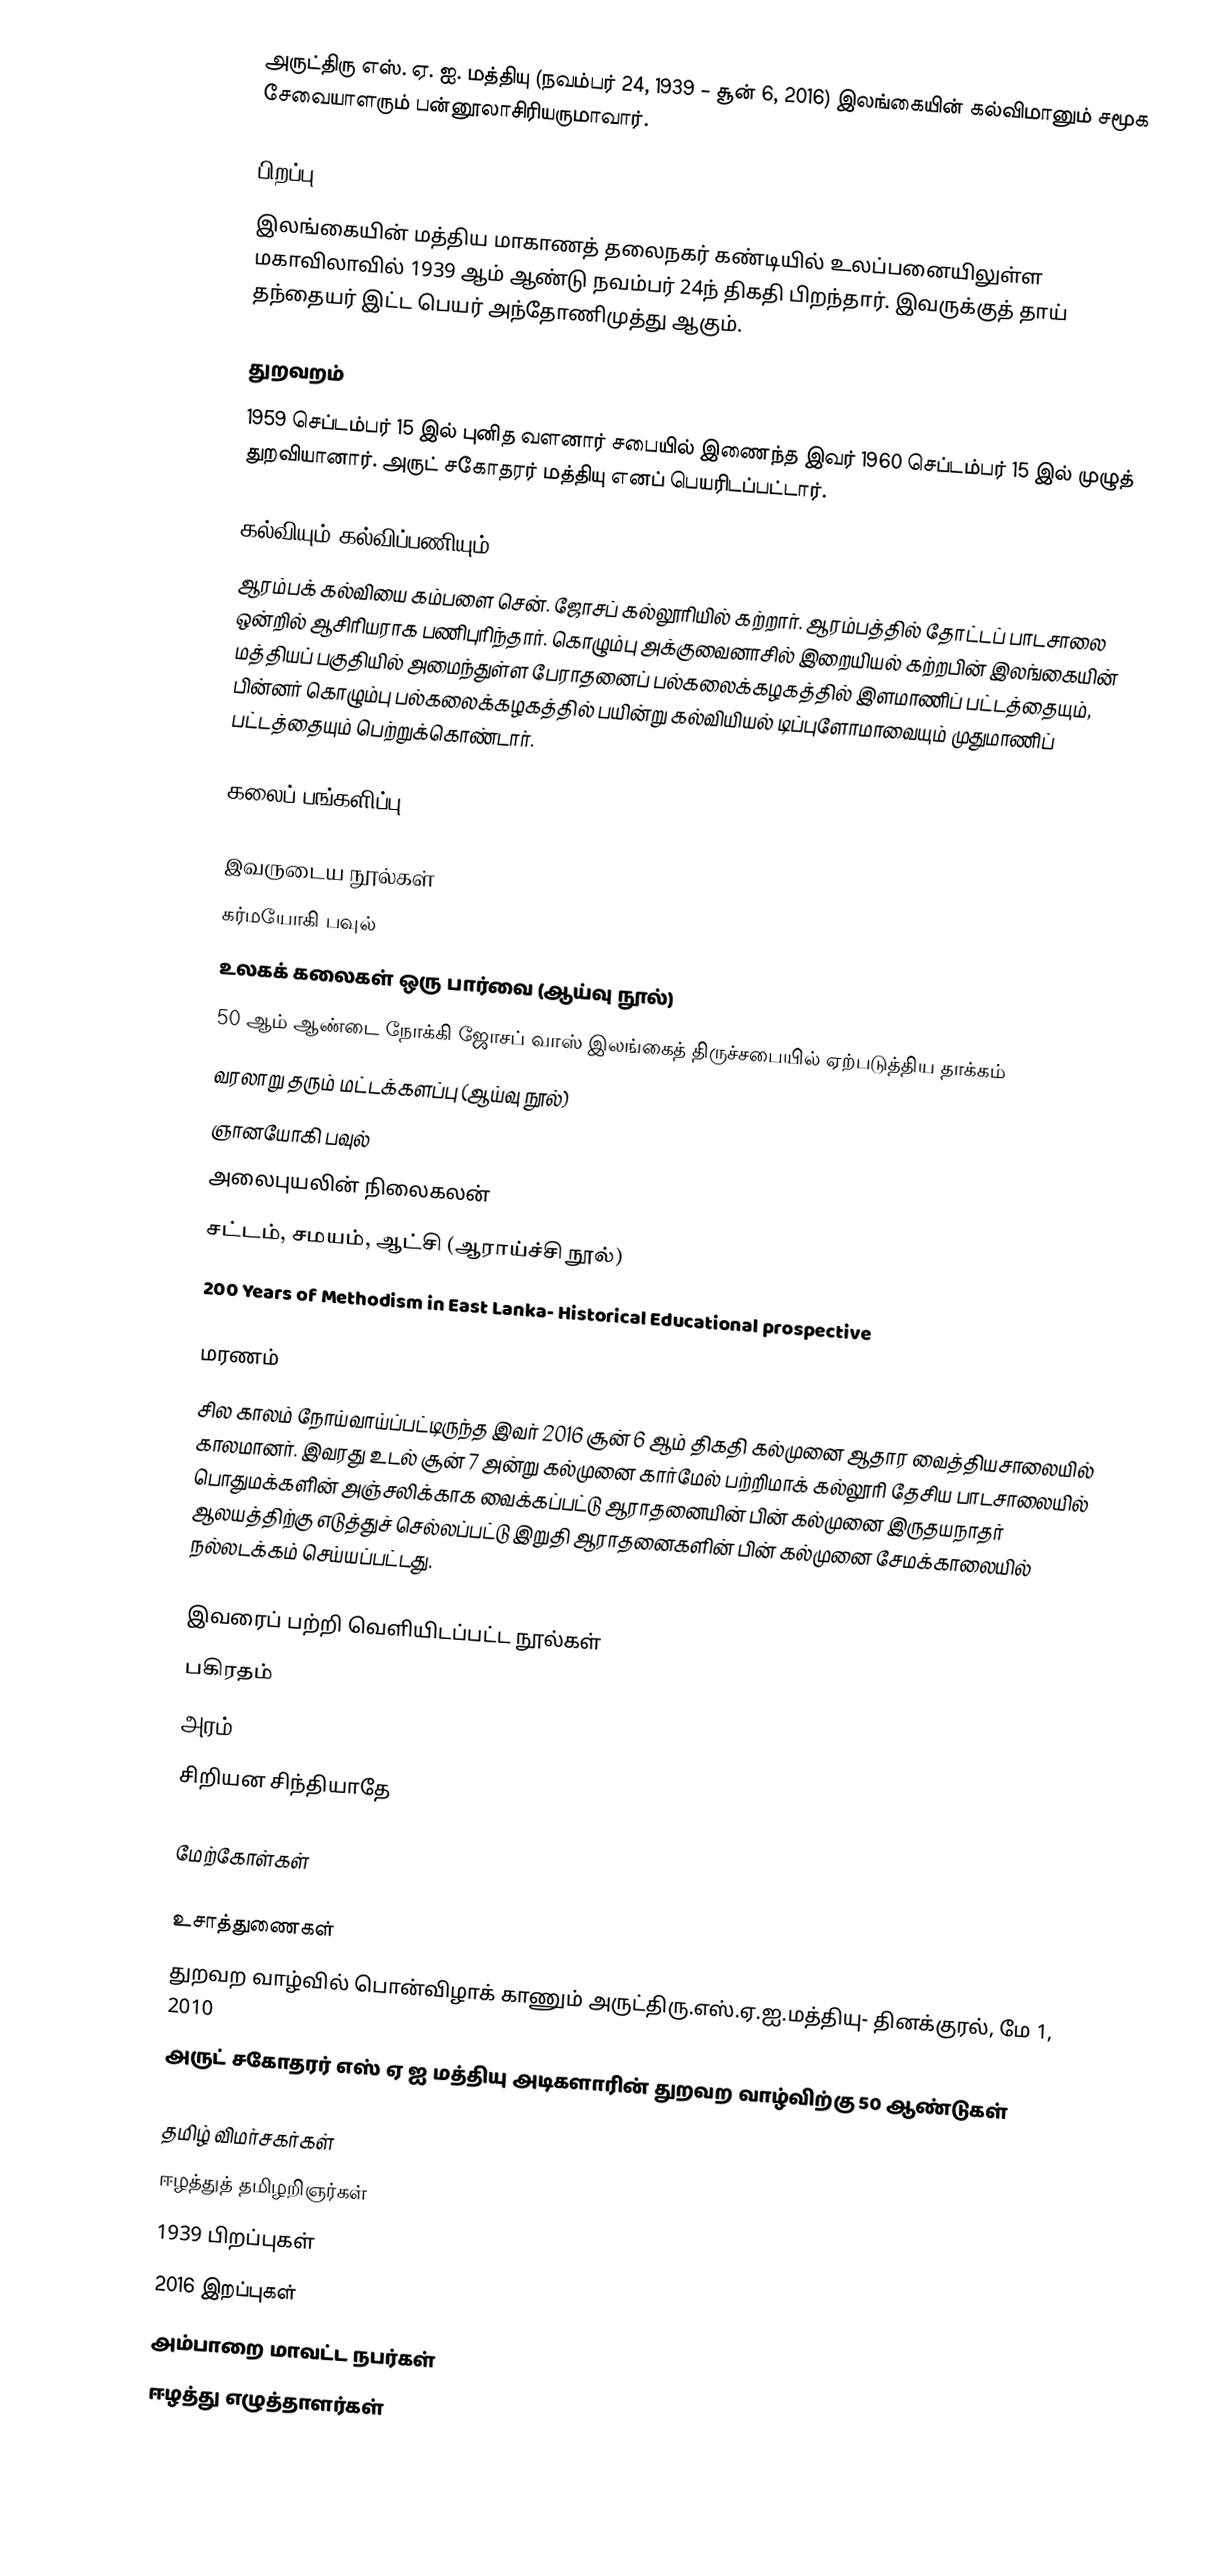
அருட்திரு எஸ். ஏ. ஐ. மத்தியு (நவம்பர் 24, 1939 – சூன் 6, 2016) இலங்கையின் கல்விமானும் சமூக சேவையாளரும் பன்னூலாசிரியருமாவார்.

பிறப்பு
இலங்கையின் மத்திய மாகாணத் தலைநகர் கண்டியில் உலப்பனையிலுள்ள மகாவிலாவில் 1939 ஆம் ஆண்டு நவம்பர் 24ந் திகதி பிறந்தார். இவருக்குத் தாய் தந்தையர் இட்ட பெயர் அந்தோணிமுத்து ஆகும்.

துறவறம்
1959 செப்டம்பர் 15 இல் புனித வளனார் சபையில் இணைந்த இவர் 1960 செப்டம்பர் 15 இல் முழுத் துறவியானார். அருட் சகோதரர் மத்தியு எனப் பெயரிடப்பட்டார்.

கல்வியும் கல்விப்பணியும்
ஆரம்பக் கல்வியை கம்பளை சென். ஜோசப் கல்லூரியில் கற்றார். ஆரம்பத்தில் தோட்டப் பாடசாலை ஒன்றில் ஆசிரியராக பணிபுரிந்தார். கொழும்பு அக்குவைனாசில் இறையியல் கற்றபின் இலங்கையின் மத்தியப் பகுதியில் அமைந்துள்ள பேராதனைப் பல்கலைக்கழகத்தில் இளமாணிப் பட்டத்தையும், பின்னர் கொழும்பு பல்கலைக்கழகத்தில் பயின்று கல்வியியல் டிப்புளோமாவையும் முதுமாணிப் பட்டத்தையும் பெற்றுக்கொண்டார்.

கலைப் பங்களிப்பு

இவருடைய நூல்கள்
 கர்மயோகி பவுல்
 உலகக் கலைகள் ஒரு பார்வை (ஆய்வு நூல்)
 50 ஆம் ஆண்டை நோக்கி ஜோசப் வாஸ் இலங்கைத் திருச்சபையில் ஏற்படுத்திய தாக்கம்
 வரலாறு தரும் மட்டக்களப்பு (ஆய்வு நூல்)
 ஞானயோகி பவுல்
 அலைபுயலின் நிலைகலன்
 சட்டம், சமயம், ஆட்சி (ஆராய்ச்சி நூல்)
 200 Years of Methodism in East Lanka- Historical Educational prospective

மரணம்
சில காலம் நோய்வாய்ப்பட்டிருந்த இவர் 2016 சூன் 6 ஆம் திகதி கல்முனை ஆதார வைத்தியசாலையில் காலமானர். இவரது உடல் சூன் 7 அன்று கல்முனை கார்மேல் பற்றிமாக் கல்லூரி தேசிய பாடசாலையில் பொதுமக்களின் அஞ்சலிக்காக வைக்கப்பட்டு ஆராதனையின் பின் கல்முனை இருதயநாதர் ஆலயத்திற்கு எடுத்துச் செல்லப்பட்டு இறுதி ஆராதனைகளின் பின் கல்முனை சேமக்காலையில் நல்லடக்கம் செய்யப்பட்டது.

இவரைப் பற்றி வெளியிடப்பட்ட நூல்கள்
 பகிரதம்
 அரம்
 சிறியன சிந்தியாதே

மேற்கோள்கள்

உசாத்துணைகள்
துறவற வாழ்வில் பொன்விழாக் காணும் அருட்திரு.எஸ்.ஏ.ஐ.மத்தியு- தினக்குரல், மே 1, 2010
 அருட் சகோதரர் எஸ் ஏ ஐ மத்தியு அடிகளாரின் துறவற வாழ்விற்கு 50 ஆண்டுகள்

தமிழ் விமர்சகர்கள்
ஈழத்துத் தமிழறிஞர்கள்
1939 பிறப்புகள்
2016 இறப்புகள்
அம்பாறை மாவட்ட நபர்கள்
ஈழத்து எழுத்தாளர்கள்